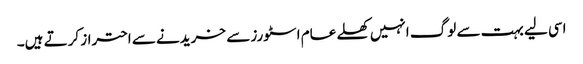
اسی لیے بہت سے لوگ انہیں کھلے عام اسٹورز سے خریدنے سے احتراز کرتے ہیں۔